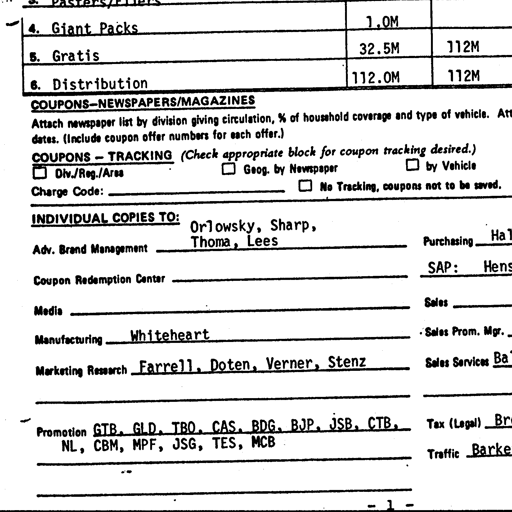
4. Giant Packs 1.0M
5. Gratis 32.5M 112M
6. Distribution 112.0M 112M
COUPONS-NEWSPAPERS/MAGAZINES
Attach newspaper list by division giving circulation, % of household coverage and type of vehicle. Att
dates. (Include coupon offer numbers for each offer.)
COUPONS - TRACKING (Check appropriate block for coupon tracking desired.)
☐ Div./Reg./Area ☐ Geog. by Newspaper ☐ by Vehicle
Charge Code: ☐ No Tracking, coupons not to be saved
INDIVIDUAL COPIES TO:
Adv. Brand Management Orlowsky, Sharp, Thoma, Lees Purchasing Hal
Coupon Redemption Center SAP: Hens
Media Sales
Manufacturing Whiteheart Sales Prom. Mgr.
Marketing Research Farrell, Doten, Verner, Stenz Sales Services Ba
Promotion GTB, GLD, TBO, CAS, BDG, BJP, JSB, CTB, NL, CBM, MPF, JSG, TES, MCB Tax (Legal) Br
Traffic Barke